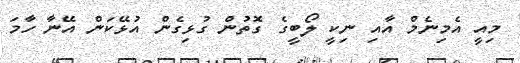
މިއީ އެމިނެމް އާއި ނިކީ ލޯބީގެ ގޮތުން ގުޅިގެން އުޅޭކަން އޭނާ ހާމަ